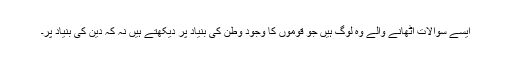
ایسے سوالات اٹھانے والے وہ لوگ ہیں جو قوموں کا وجود وطن کی بنیاد پر دیکھتے ہیں نہ کہ دین کی بنیاد پر۔